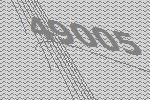
49005